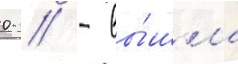
0 / - вы́шла